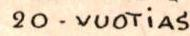
20 - VUOTiAS